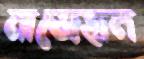
নাজেহাল